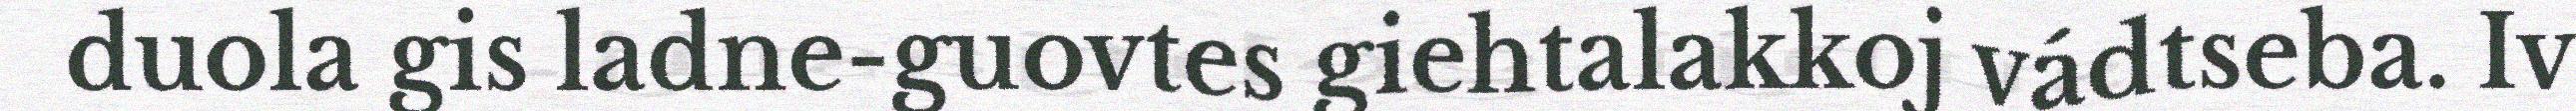
duola gis ladne-guovtes giehtalakkoj vádtseba. Iv